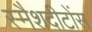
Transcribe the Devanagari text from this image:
स्मैशदीटोंस